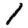
Digit: 1